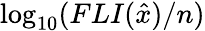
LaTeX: \log_{10}(FLI(\hat{x})/n)